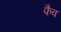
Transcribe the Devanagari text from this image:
फैव